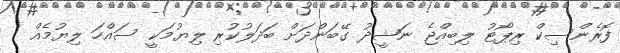
ފޮރެންސިކް ރިޕޯޓު ލިބިއްޖެ ނަޝީދު ގޭބަންދަށް ބަދަލުކުރި ލިޔުމަކީ ސައްހަ ލިޔުމެއް